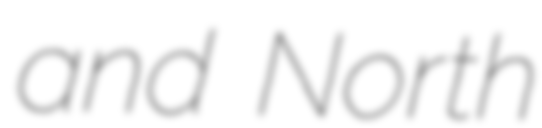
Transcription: and North